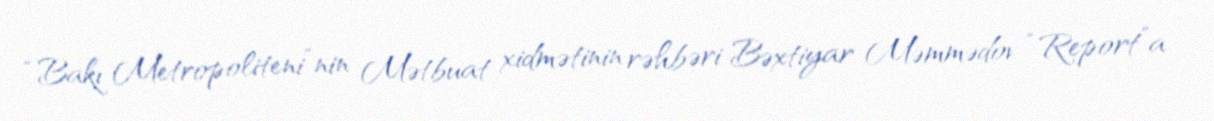
“Bakı Metropoliteni”nin Mətbuat xidmətinin rəhbəri Bəxtiyar Məmmədov “Report”a